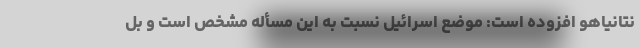
نتانیاهو افزوده است: موضع اسرائیل نسبت به این مسأله مشخص است و بل